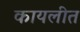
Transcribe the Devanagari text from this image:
कायलीत